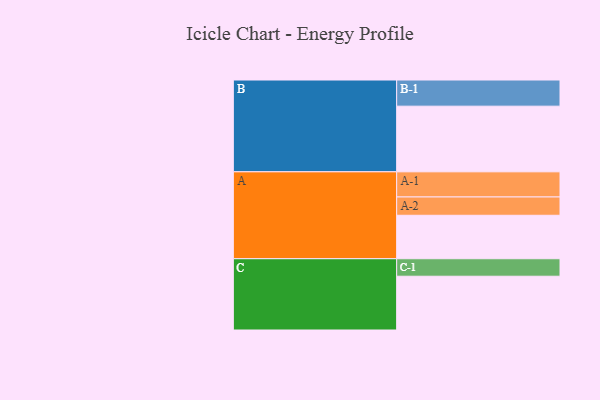
{"axis": {"x": "Segment", "y": "Value"}, "legend": ["", "A", "B", "C"], "data": [{"x": "A", "y": 370, "type": ""}, {"x": "B", "y": 559, "type": ""}, {"x": "C", "y": 458, "type": ""}, {"x": "A-1", "y": 214, "type": "A"}, {"x": "A-2", "y": 156, "type": "A"}, {"x": "B-1", "y": 223, "type": "B"}, {"x": "C-1", "y": 149, "type": "C"}]}